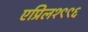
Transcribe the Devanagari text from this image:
एप्रिल१९९६